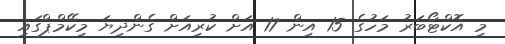
މި އޮކްޓޯބަރު މަހުގެ 15 އިން 17 އަށް ކުރިއަށް ގެންދިޔަ މިކޭމްޕްގައި